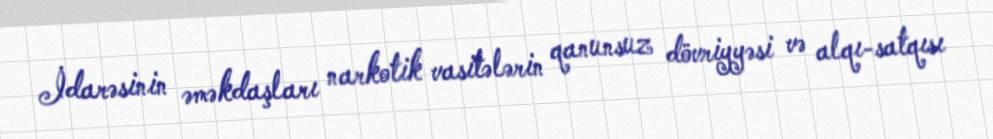
İdarəsinin əməkdaşları narkotik vasitələrin qanunsuz dövriyyəsi və alqı-satqısı